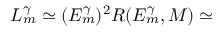
L _ { m } ^ { \gamma } \simeq ( E _ { m } ^ { \gamma } ) ^ { 2 } R ( E _ { m } ^ { \gamma } , M ) \simeq